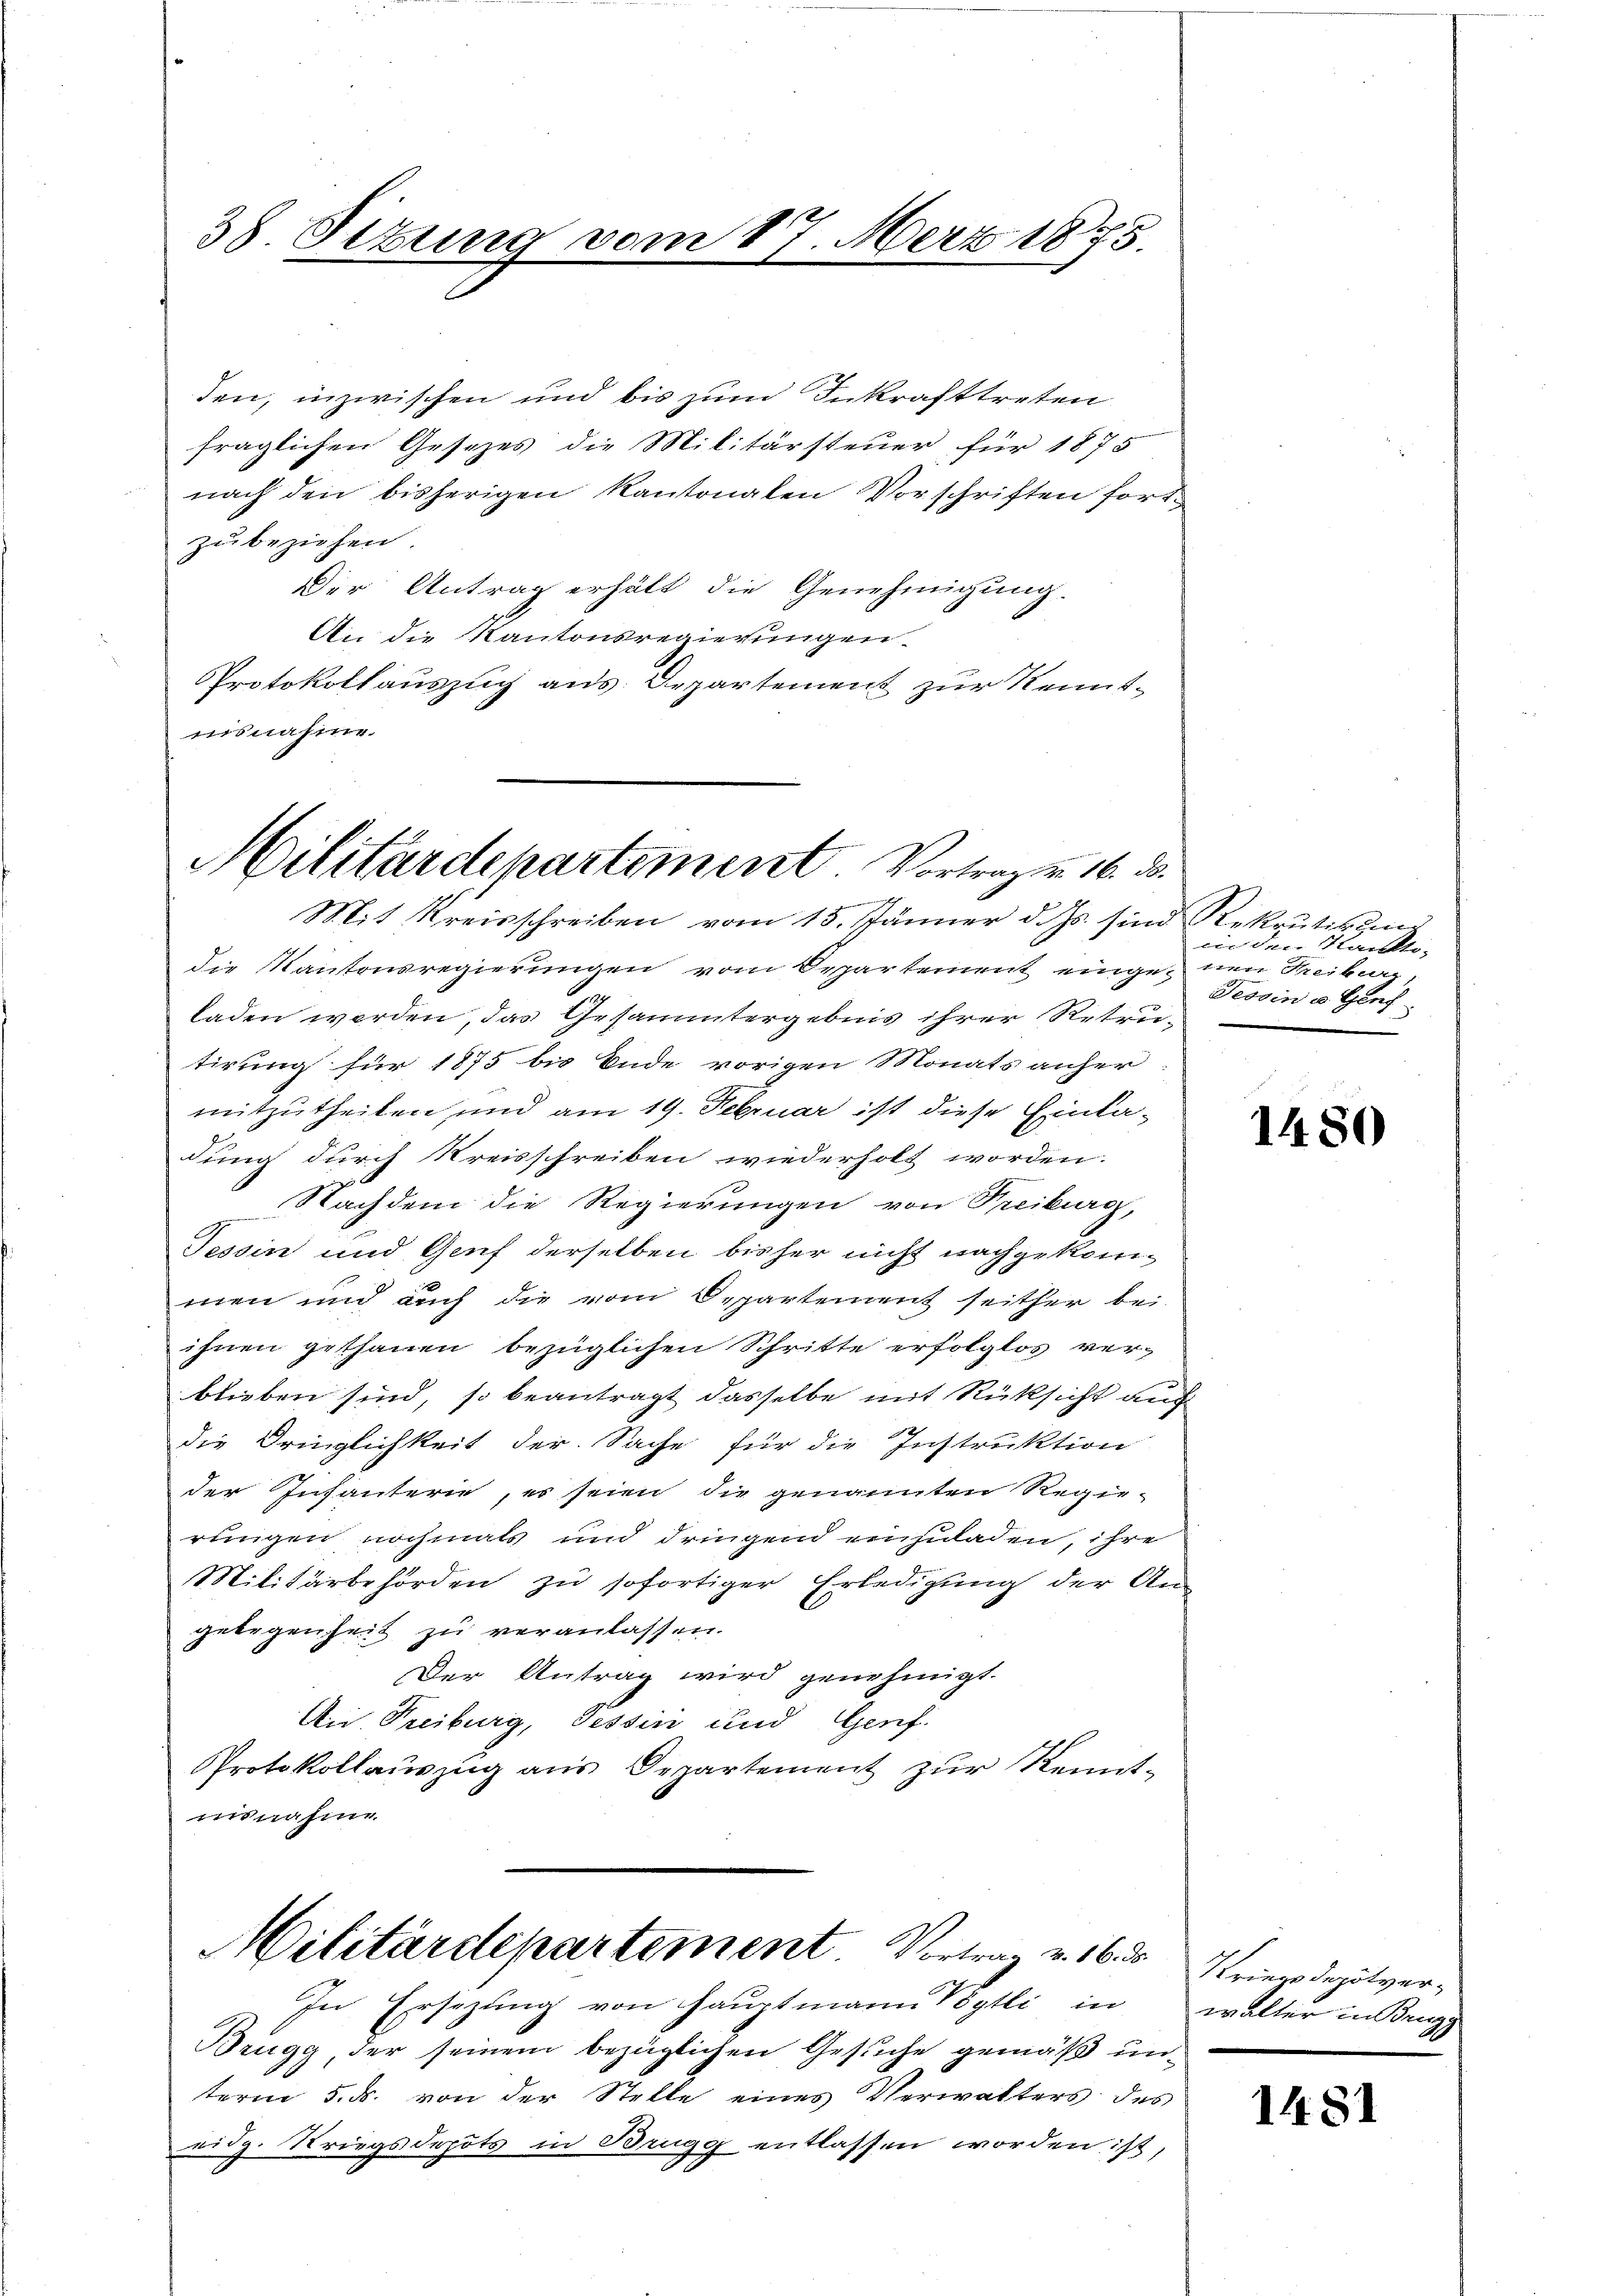
38. Sitzung vom
27. März 1875.

den, inzwischen und bis zum Inkrafttreten
fraglichen Gesezes die Militärsteuer für 1875
nach den bisherigen Kantonalen Vorschriften fortzu beziehen.
Der Antrag erhält die Genehmigung.
An die Kantonsregierungen
Protokollauszug aus Departement zur Kenntnisnahme.
Militärdepartement Vortrag u. 16. 30.

Mit Kreisschreiben vom 15. Jänner d. Js. sind Rekrutikanis
die Kantonsregierungen vom Departement eingenen Freibur
laden werden, das Gesammtergebnis ihrer Retrutirung für 1875 bis Ende vorigen Monats anher
mitzutheilen und am 19. Februar ist diese Einkadung durch Kreisschreiben wiederholt worden.
Nachdem die Regierungen von Treiburg,
Tessin und Genf derselben bisher nicht nachgekommen und auch die vom Departement seither bei
ihnen gethanen bezüglichen Schritte erfolglos ver-
blieben sind, so beantragt dasselbe mit Rücksicht auch
die Dringlichkeit der Sache für die Instruktion
der Infanterie, es seien die genannten Regie-
rungen nochmals und dringend einzuladen, ihre
Militärbehörden zu sofortiger Erledigung der An-
gelegenheit zu veranlassen.
Der Antrag wird genehmigt.
An Treiburg, Tessin und Genf.
Protokollauszug aus Departement zur Kenntmisnahme.

Militärdepartement Vortrag v. 16. d.

In Ersezung von Hauptmann Vögtli in walter in Brugg
Brugg, der seinem bezüglichen Gesuche gemäß unterm 5. ds. von der Stelle eines Verwalters des
eidg. Striegsdepots in Brugg entlassen worden ist,

in den Kanto-
Tessin u. Genf

1480

Kriegsdeputver-

1481